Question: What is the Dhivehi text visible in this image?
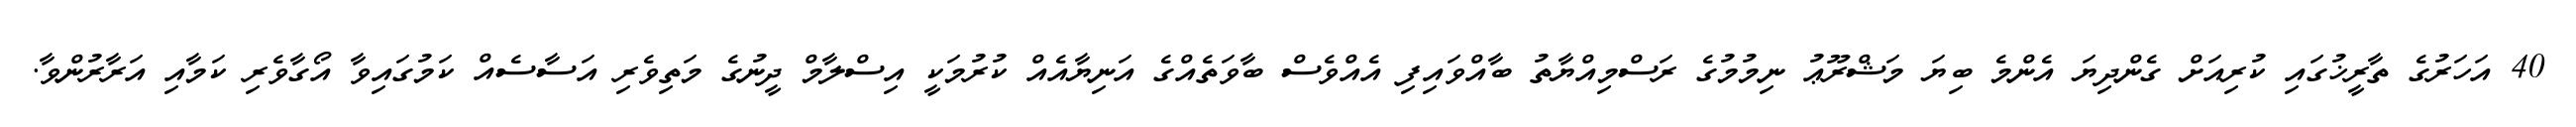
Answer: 40 އަހަރުގެ ތާރީޚުގައި ކުރިއަށް ގެންދިޔަ އެންމެ ބިޔަ މަޝްރޫޢު ނިމުމުގެ ރަސްމިއްޔާތު ބާއްވައިފި އެއްވެސް ބާވަތެއްގެ އަނިޔާއެއް ކުރުމަކީ އިސްލާމް ދީނުގެ މަތިވެރި އަސާސެއް ކަމުގައިވާ އޯގާވެރި ކަމާއި އަރާރުންވާ.